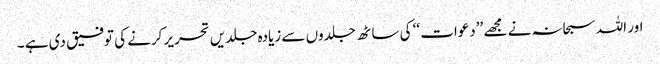
اور اللہ سبحانہ نے مجھے ’’دعوات ‘‘ کی ساٹھ جلدوں سے زیادہ جلدیں تحریر کرنے کی توفیق دی ہے ۔